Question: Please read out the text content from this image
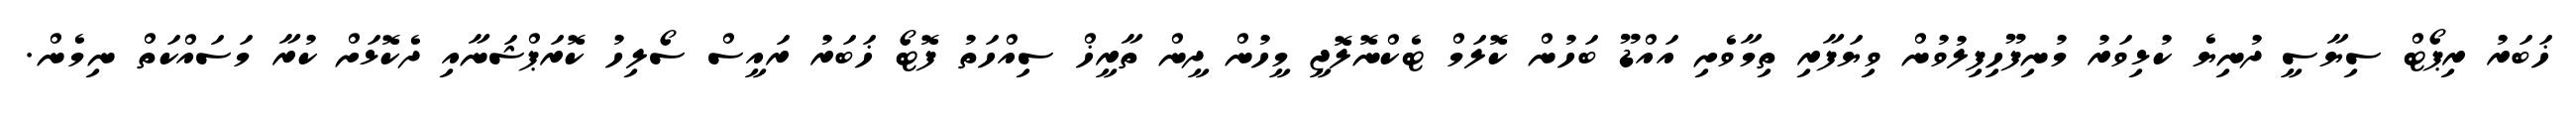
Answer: ޚަބަރު ރިޕޯޓް ސިޔާސީ ދުނިޔެ ކުޅިވަރު މުނިފޫހިފިލުވުން ވިޔަފާރި ތިމާވެށި އައްޑޫ ބަހުން ކޮލަމް ޓެކްނޮލޮޖީ މީހުން ދީން ތާރީޚް ސިއްހަތު ފޮޓޯ ޚަބަރު ރައީސް ސޯލިހު ކޮރަޕްޝަނާއި ދެކޮޅަށް ކުރާ މަސައްކަތް ނިމެން.